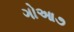
ગોઆ૭